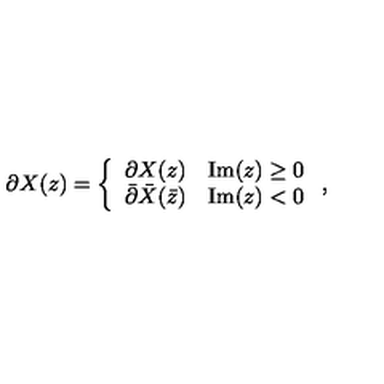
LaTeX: \partial X ( z ) = \left\{ \begin{array} { l l } { \partial X ( z ) } & { \mathrm { I m } ( z ) \geq 0 } \\ { \bar { \partial } \bar { X } ( \bar { z } ) } & { \mathrm { I m } ( z ) < 0 } \\ \end{array} \right. ,